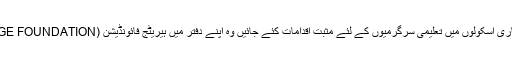
انہوں نے مزید کہا کہ خواندگی ہماری نئی نسل کی تعمیر و ترقی کے لئے انتہائی ضروری ہے سرکاری اسکولوں میں تعلیمی سرگرمیوں کے لئے مثبت اقدامات کئے جائیں وہ اپنے دفتر میں ہیریٹج فائونڈیشن (HERITAGE FOUNDATION ) کی چیف ایگزیکٹیو آفیسر یاسمین لاری سے ملاقات کے موقع پر گفتگو کر رہے تھے ۔